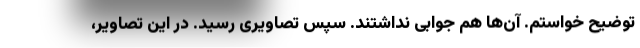
توضیح خواستم. آن‌ها هم جوابی نداشتند. سپس تصاویری رسید. در این تصاویر،